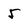
Character: 5